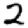
Digit: 2